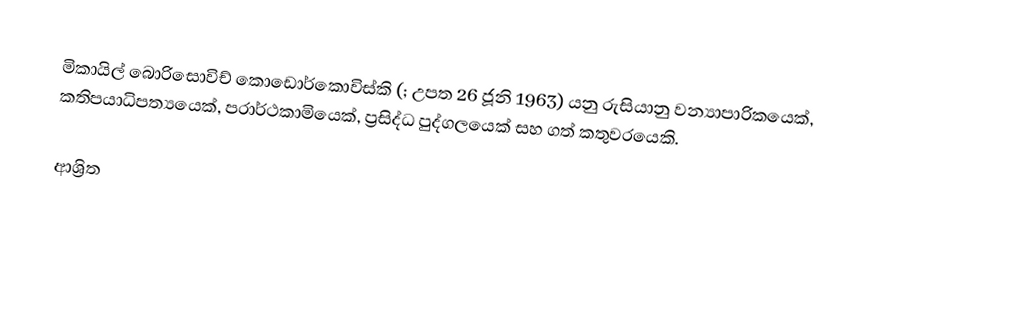
මිකායිල් බොරිසොවිච් කොඩොර්කොවිස්‌කි  (; උපත 26 ජූනි 1963) යනු රුසියානු වන්‍යාපාරිකයෙක්, කතිපයාධිපත්‍යයෙක්, පරාර්ථකාමියෙක්, ප්‍රසිද්ධ පුද්ගලයෙක් සහ ගත් කතුවරයෙකි.

ආශ්‍රිත